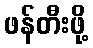
ဖန်တီးဖို့